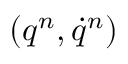
( q ^ { n } , \dot { q } ^ { n } )